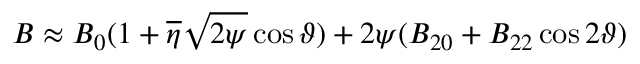
B \approx B _ { 0 } ( 1 + \overline { { \eta } } \sqrt { 2 \psi } \cos \vartheta ) + 2 \psi ( B _ { 2 0 } + B _ { 2 2 } \cos 2 \vartheta )